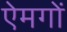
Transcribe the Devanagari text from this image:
ऐमगों